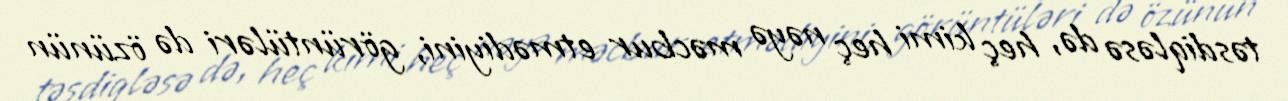
təsdiqləsə də, heç kimi heç nəyə məcbur etmədiyini, görüntüləri də özünün